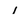
Character: 1